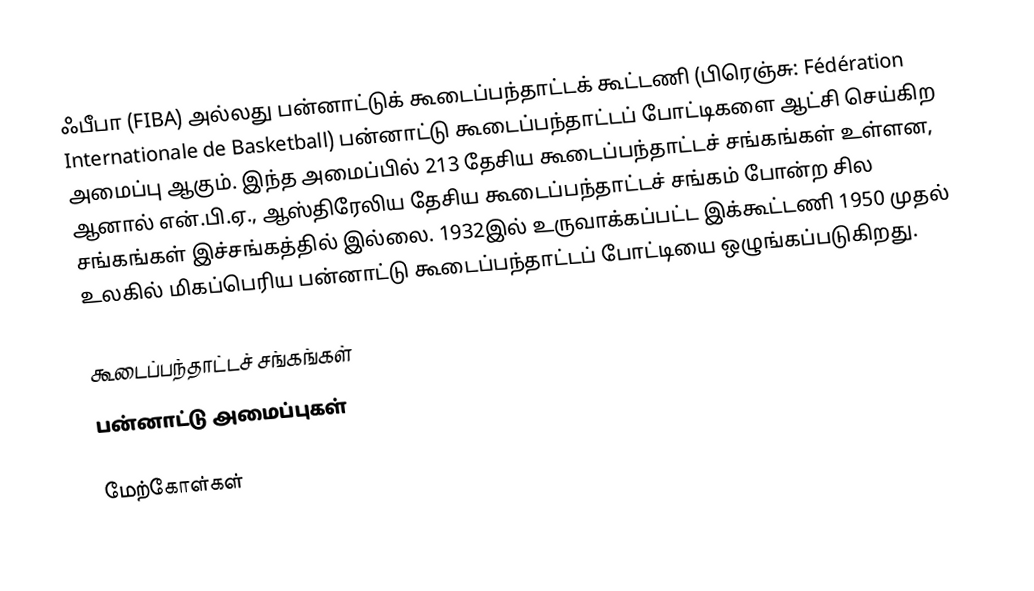
ஃபீபா (FIBA) அல்லது பன்னாட்டுக் கூடைப்பந்தாட்டக் கூட்டணி (பிரெஞ்சு: Fédération Internationale de Basketball) பன்னாட்டு கூடைப்பந்தாட்டப் போட்டிகளை ஆட்சி செய்கிற அமைப்பு ஆகும். இந்த அமைப்பில் 213 தேசிய கூடைப்பந்தாட்டச் சங்கங்கள் உள்ளன, ஆனால் என்.பி.ஏ., ஆஸ்திரேலிய தேசிய கூடைப்பந்தாட்டச் சங்கம் போன்ற சில சங்கங்கள் இச்சங்கத்தில் இல்லை. 1932இல் உருவாக்கப்பட்ட இக்கூட்டணி 1950 முதல் உலகில் மிகப்பெரிய பன்னாட்டு கூடைப்பந்தாட்டப் போட்டியை ஒழுங்கப்படுகிறது.

கூடைப்பந்தாட்டச் சங்கங்கள்
பன்னாட்டு அமைப்புகள்

மேற்கோள்கள்